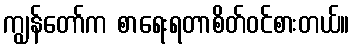
ကျွန်တော်က စာရေးရတာစိတ်ဝင်စားတယ်။